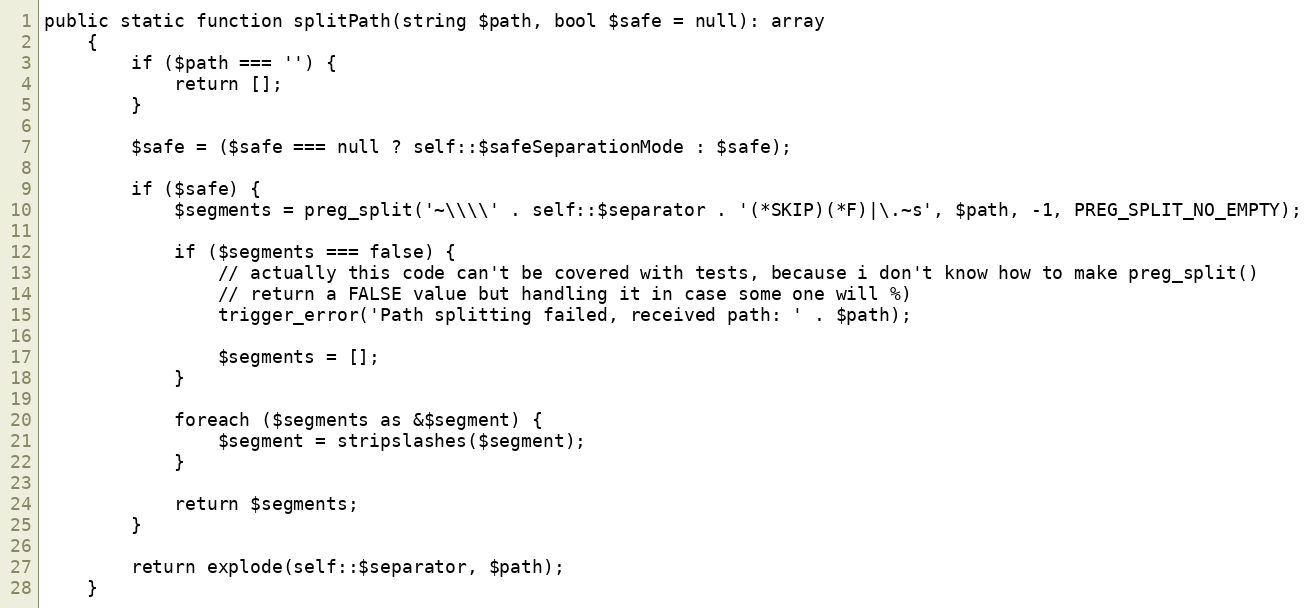
Language: PHP
public static function splitPath(string $path, bool $safe = null): array
    {
        if ($path === '') {
            return [];
        }

        $safe = ($safe === null ? self::$safeSeparationMode : $safe);

        if ($safe) {
            $segments = preg_split('~\\\\' . self::$separator . '(*SKIP)(*F)|\.~s', $path, -1, PREG_SPLIT_NO_EMPTY);

            if ($segments === false) {
                // actually this code can't be covered with tests, because i don't know how to make preg_split()
                // return a FALSE value but handling it in case some one will %)
                trigger_error('Path splitting failed, received path: ' . $path);

                $segments = [];
            }

            foreach ($segments as &$segment) {
                $segment = stripslashes($segment);
            }

            return $segments;
        }

        return explode(self::$separator, $path);
    }